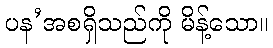
ပန’အစရှိသည်ကို မိန့်သော။